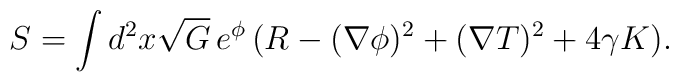
S = \int d^2 x \sqrt{G} \, e^{\phi} \, ( R - (\nabla \phi)^2+ (\nabla T)^2 + 4 \gamma K ) .  \nonumber